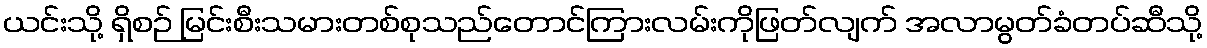
ယင်းသို့ ရှိစဉ် မြင်းစီးသမားတစ်စုသည်တောင်ကြားလမ်းကိုဖြတ်လျက် အလာမွတ်ခံတပ်ဆီသို့